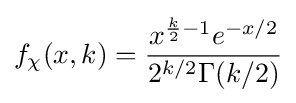
f_{\chi }(x,k)={\frac {x^{{\frac {k}{2}}-1}e^{-x/2}}{2^{k/2}\Gamma (k/2)}}